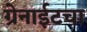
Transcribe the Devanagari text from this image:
ग्रेनाईटचा